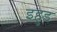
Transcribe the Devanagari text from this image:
इहुड